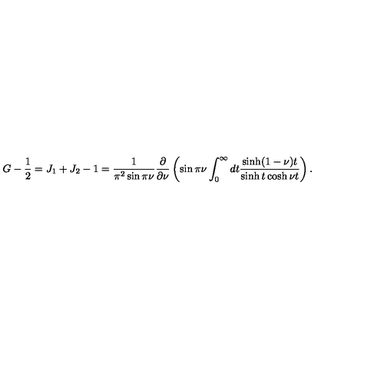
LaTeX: G - { \frac { 1 } { 2 } } = J _ { 1 } + J _ { 2 } - 1 = \frac { 1 } { \pi ^ { 2 } \sin \pi \nu } \frac { \partial } { \partial \nu } \left( \sin \pi \nu \int _ { 0 } ^ { \infty } d t \frac { \sinh ( 1 - \nu ) t } { \sinh t \cosh \nu t } \right) .